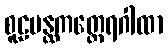
စူဠပန္ထကတ္ထေရဂါထာ